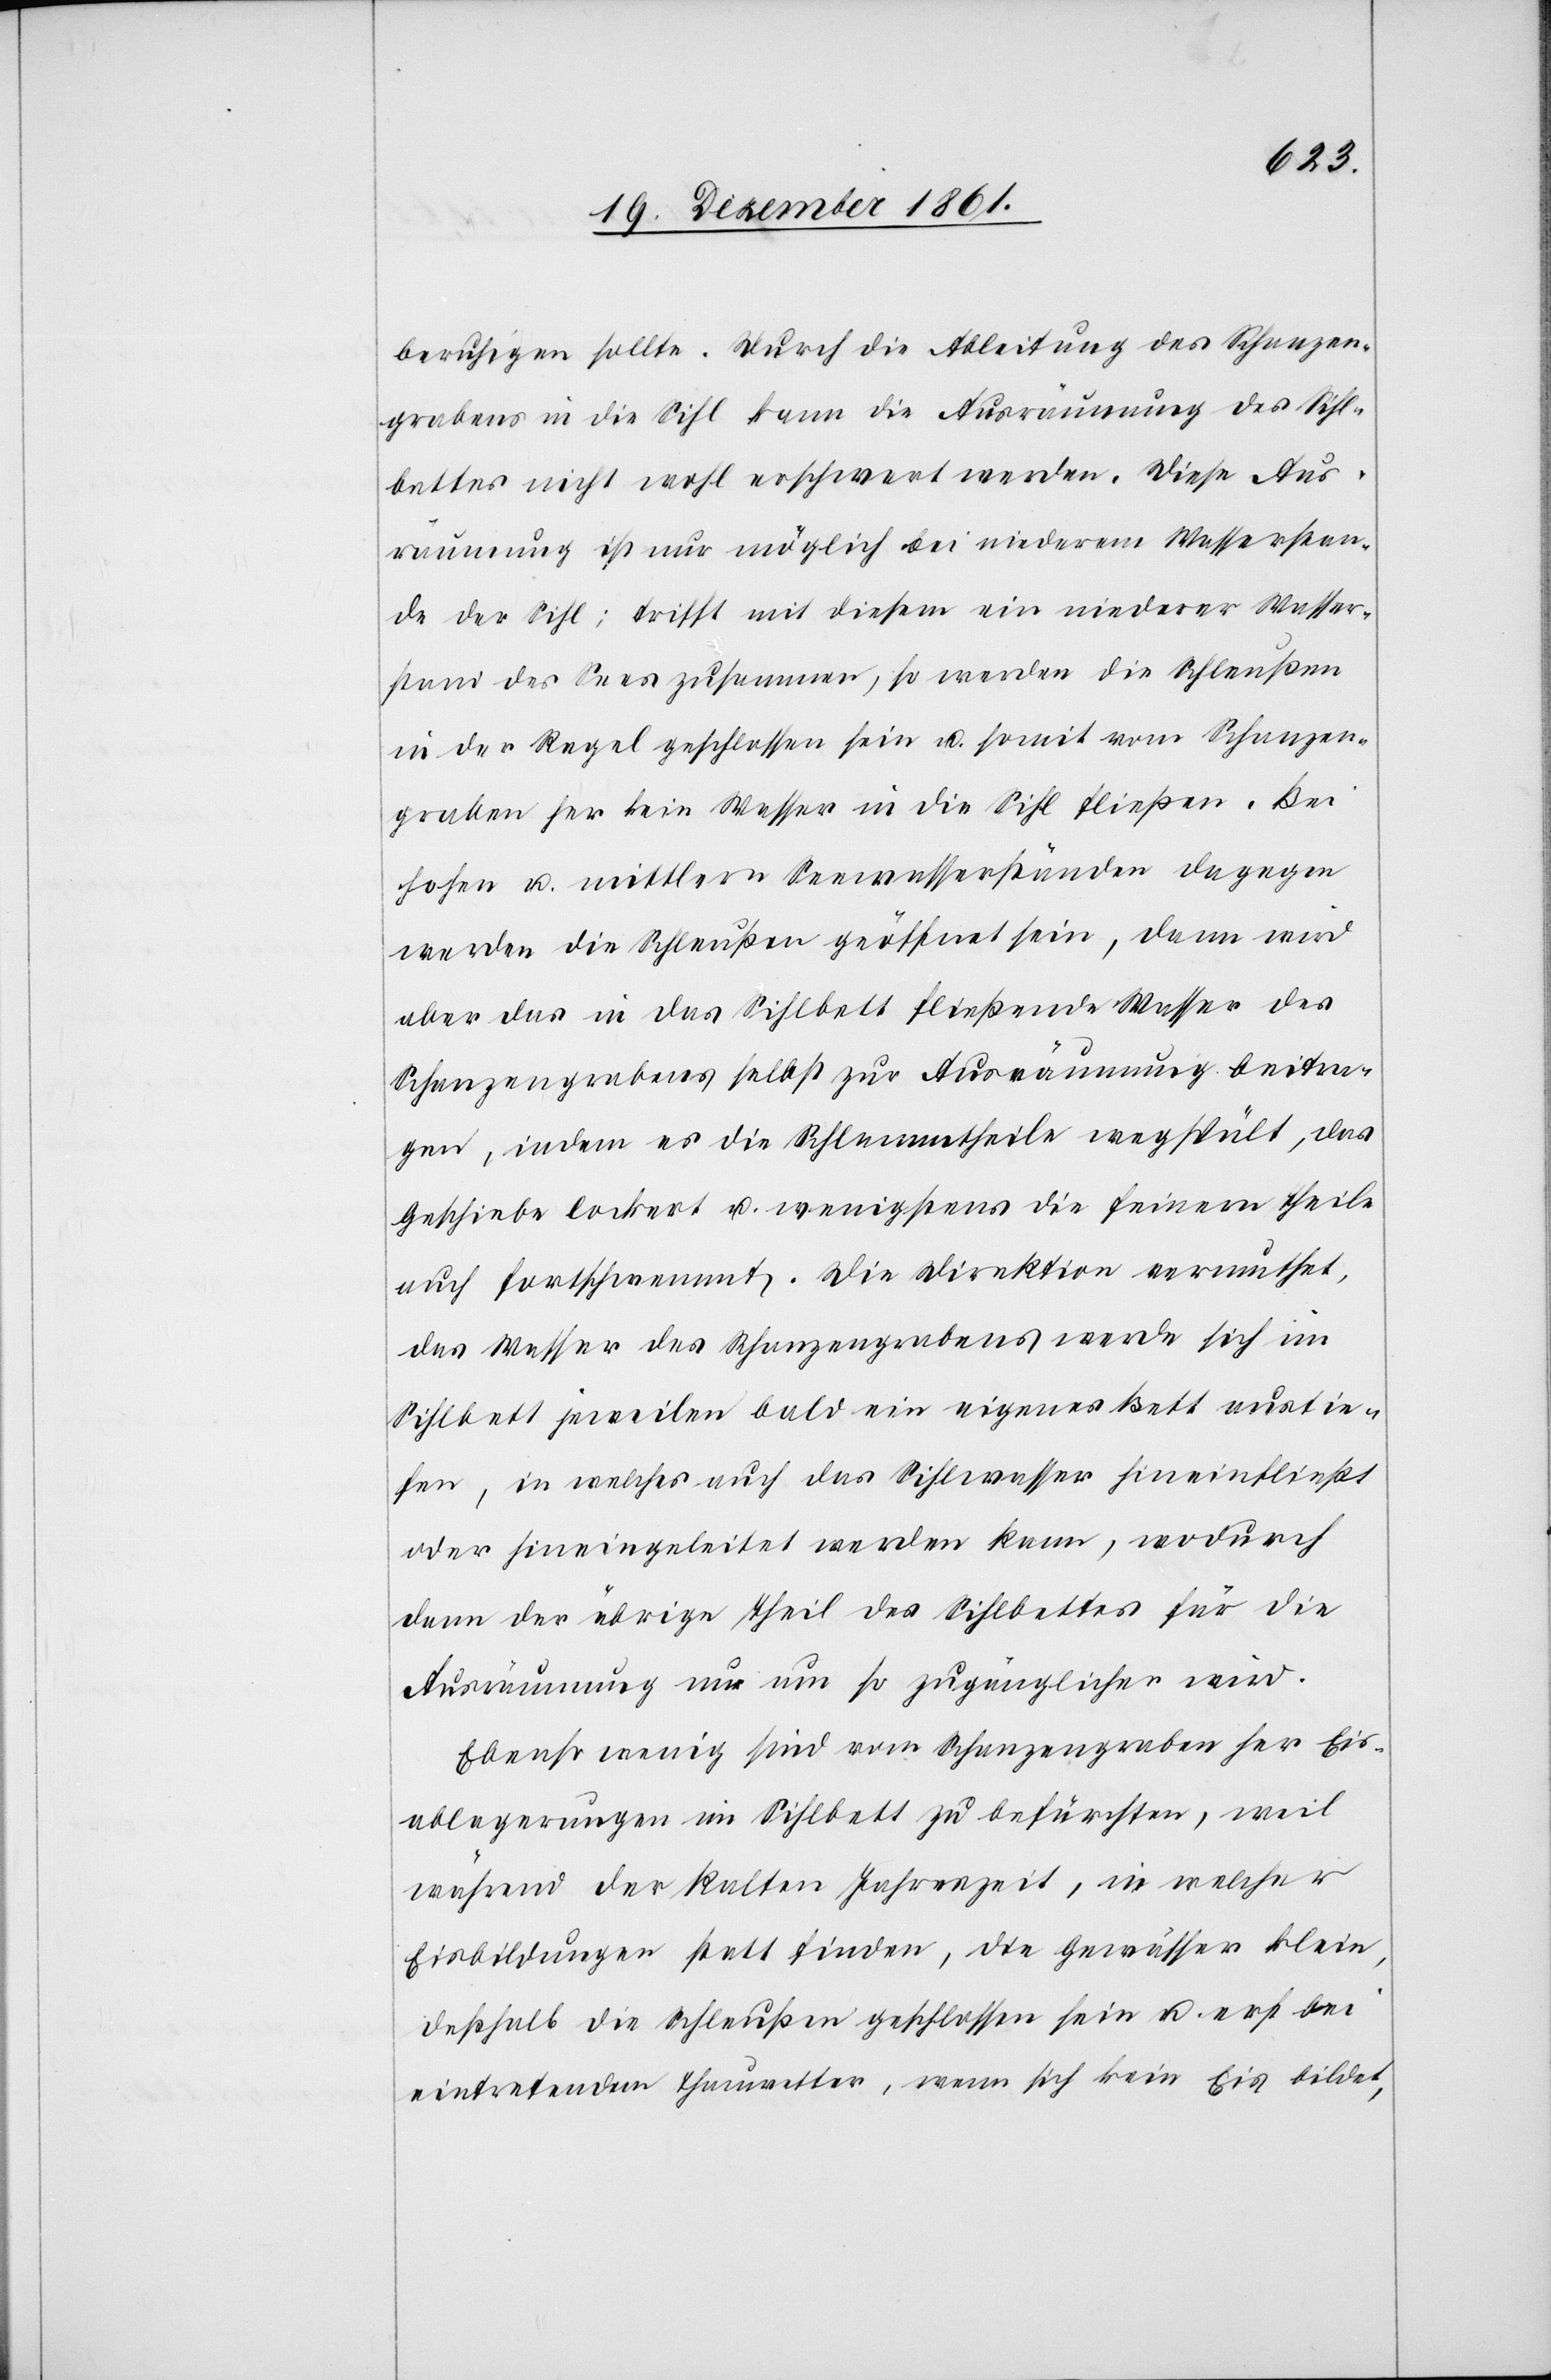
beruhigen sollte. Durch die Ableitung des Schanzen¬
grabens in der Sihl kann die Ausräumung des Sihl¬
bettes nicht wohl erschwert werden. Diese Aus¬
räumung ist nur möglich bei niederem Wasserstan¬
de der Sihl; trifft mit diesem ein niederer Wasser¬
stand des Sees zusammen, so werden die Schleußen
in der Regel geschlossen sein u. soweit vom Schanzen¬
graben her kein Wasser in die Sihl fließen. Bei
hohen u. mittlern Seewasserständen dagegen
werden die Schleußen geöffnet sein, dann wird
aber das in das Sihlbett fließende Wasser des
Schanzengrabens selbst zur Ausräumung beitra¬
gen, indem es die Schlammtheile wegspült, das
Geschiebe lockert u. wenigstens die feinern Theile
auch fortschwemmt. Die Direktion vermuthet,
das Wasser des Schanzengrabens werde sich im
Sihlbett jeweilen bald ein eigenes Bett austie¬
fen, in welches auch das Sihlwasser hineinfließt
oder hineingeleitet werden kann, wodurch
dann der übrige Theil des Sihlbettes für die
Ausräumung nur um so zugänglicher wird.
Ebenso wenig sind vom Schanzengraben her Eis¬
ablagerungen im Sihlbett zu befürchten, weil
während der kalten Jahreszeit, in welcher
Eisbildungen statt finden, die Gewässer klein,
deßhalb die Schleußen geschlossen sein u. erst bei
eintretendem Thauwetter, wenn sich kein Eis bildet,